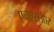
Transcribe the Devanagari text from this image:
एचएसआर